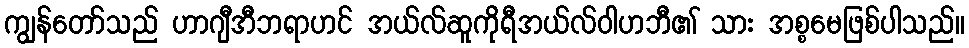
ကျွန်တော်သည် ဟာဂျီအီဘရာဟင် အယ်လ်ဆူကိုရီအယ်လ်ဝါဟဘီ၏ သား အစ္စမေဖြစ်ပါသည်။